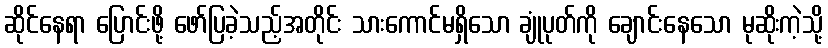
ဆိုင်နေရာ ပြောင်းဖို့ ဖော်ပြခဲ့သည့်အတိုင်း သားကောင်မရှိသော ချုံပုတ်ကို ချောင်းနေသော မုဆိုးကဲ့သို့